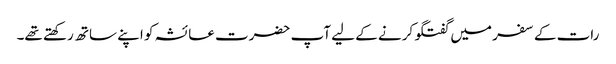
رات کے سفر میں گفتگو کرنے کے لیے آپ حضرت عائشہ کو اپنے ساتھ رکھتے تھے۔